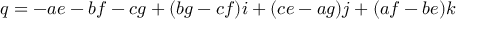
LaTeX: q = - a e - b f - c g + ( b g - c f ) i + ( c e - a g ) j + ( a f - b e ) k